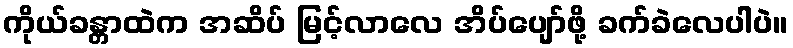
ကိုယ်ခန္တာထဲက အဆိပ် မြင့်လာလေ အိပ်ပျော်ဖို့ ခက်ခဲလေပါပဲ။